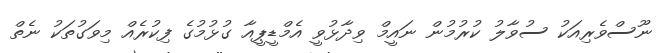
ނޫސްވެރިއަކު ސުވާލު ކުރުމުން ނައީމް ވިދާޅުވީ އެމްޑީޕީއާ ގުޅުމުގެ ފިކުރެއް މިވަގުތަކު ނެތް